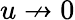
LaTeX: u\nrightarrow 0